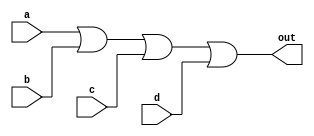
module OR_gate (
input a,
input b,
input c,
input d,
output out
);

assign out = a | b | c | d;

endmodule